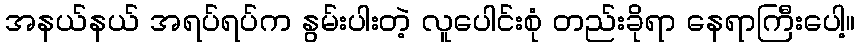
အနယ်နယ် အရပ်ရပ်က နွမ်းပါးတဲ့ လူပေါင်းစုံ တည်းခိုရာ နေရာကြီးပေါ့။